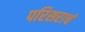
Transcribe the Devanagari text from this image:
परिसराचं